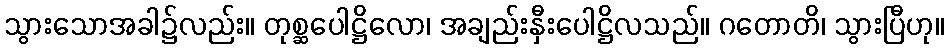
သွားသောအခါ၌လည်း။ တုစ္ဆပေါဋ္ဌိလော၊ အချည်းနှီးပေါဋ္ဌိလသည်။ ဂတောတိ၊ သွားပြီဟု။